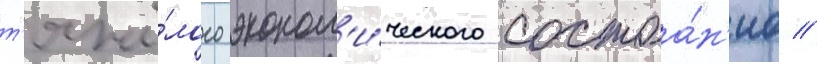
т'яжё́лого эконом'и́ческого состоа́н'иа //